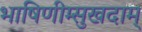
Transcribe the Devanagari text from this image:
भाषिणीम्सुखदाम्